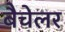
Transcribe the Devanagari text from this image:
बैचेलर